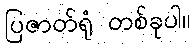
ပြဇာတ်ရုံ တစ်ခုပါ။